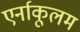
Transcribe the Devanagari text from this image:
एर्नाकूलम